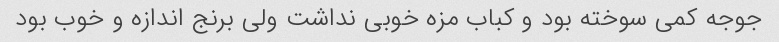
جوجه کمی سوخته بود و کباب مزه خوبی نداشت ولی برنج اندازه و خوب بود